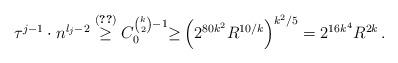
LaTeX: \begin{align*} \tau^{j-1}\cdot n^{\l_j-2} \overset{\eqref{eq:taucheck}}{\geq} C_0^{\binom{k}{2}-1}{\ge}\left(2^{80k^2}R^{10/k}\right)^{k^2/5}= 2^{16k^4}R^{2k}\,.\end{align*}